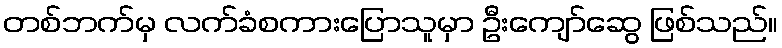
တစ်ဘက်မှ လက်ခံစကားပြောသူမှာ ဦးကျော်ဆွေ ဖြစ်သည်။